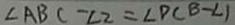
\angle A B C - \angle 2 = \angle D C B - \angle 1